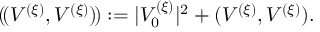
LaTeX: ( \! ( V ^ { ( \xi ) } , V ^ { ( \xi ) } ) \! ) : = | V _ { 0 } ^ { ( \xi ) } | ^ { 2 } + ( V ^ { ( \xi ) } , V ^ { ( \xi ) } ) .